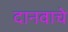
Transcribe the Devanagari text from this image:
दानवाचे